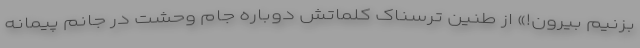
بزنیم بیرون!» از طنین ترسناک کلماتش دوباره جام وحشت در جانم پیمانه